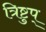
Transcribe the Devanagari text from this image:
त्रिष्टुप्‌